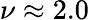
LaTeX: \nu\approx 2.0